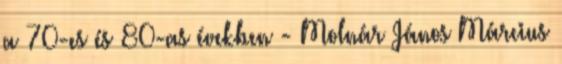
a 70-es és 80-as években - Molnár János Március